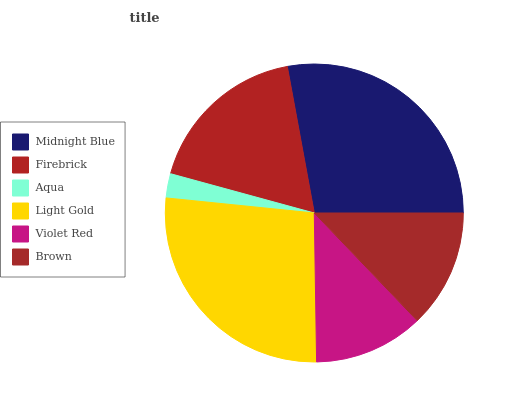
| Midnight Blue | Firebrick | Aqua | Light Gold | Violet Red | Brown |
 | --- | --- | --- | --- | --- | --- |
 | 27.9% | 17.8% | 2.63% | 26.9% | 11.9% | 12.9% |